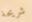
شريحة